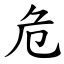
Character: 危